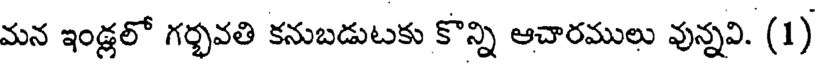
మన ఇండ్లలో గర్భవతి కనుబడుటకు కొన్ని ఆచారములు వున్నవి. (1)